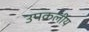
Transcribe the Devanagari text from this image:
उपकलीय